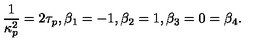
\frac { 1 } { \kappa _ { p } ^ { 2 } } = 2 \tau _ { p } , \beta _ { 1 } = - 1 , \beta _ { 2 } = 1 , \beta _ { 3 } = 0 = \beta _ { 4 } .